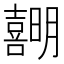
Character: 𪢣